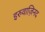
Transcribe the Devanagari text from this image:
इरुवाज़िनद